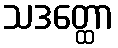
သဒတ္ထော